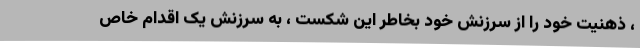
، ذهنیت خود را از سرزنش خود بخاطر این شکست ، به سرزنش یک اقدام خاص